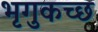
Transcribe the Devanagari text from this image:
भृगुकच्छ